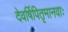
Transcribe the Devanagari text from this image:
देवर्षिपितृमानवाः